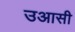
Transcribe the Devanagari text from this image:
उआसी